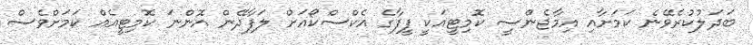
ބަދަލުކުރެވޭނެ ކަމަށާއި އިމާޖެންސީ ކޮމިޓީއަކީ ފީފާގެ އެކްސްކޯއަށް ލަފާދޭން އޮންނަ ކޮމިޓީއެއް ކަމަށްވެސް